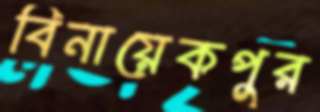
বিনায়েকপুর